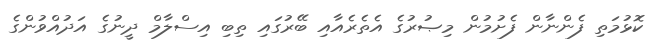
ކޮޅުމަތި ފެންނާން ފެށުމުން މިޞުރުގެ އެތެރެއާއި ބޭރުގައި ތިބި އިސްލާމް ދީނުގެ އަދުއްވުންގެ